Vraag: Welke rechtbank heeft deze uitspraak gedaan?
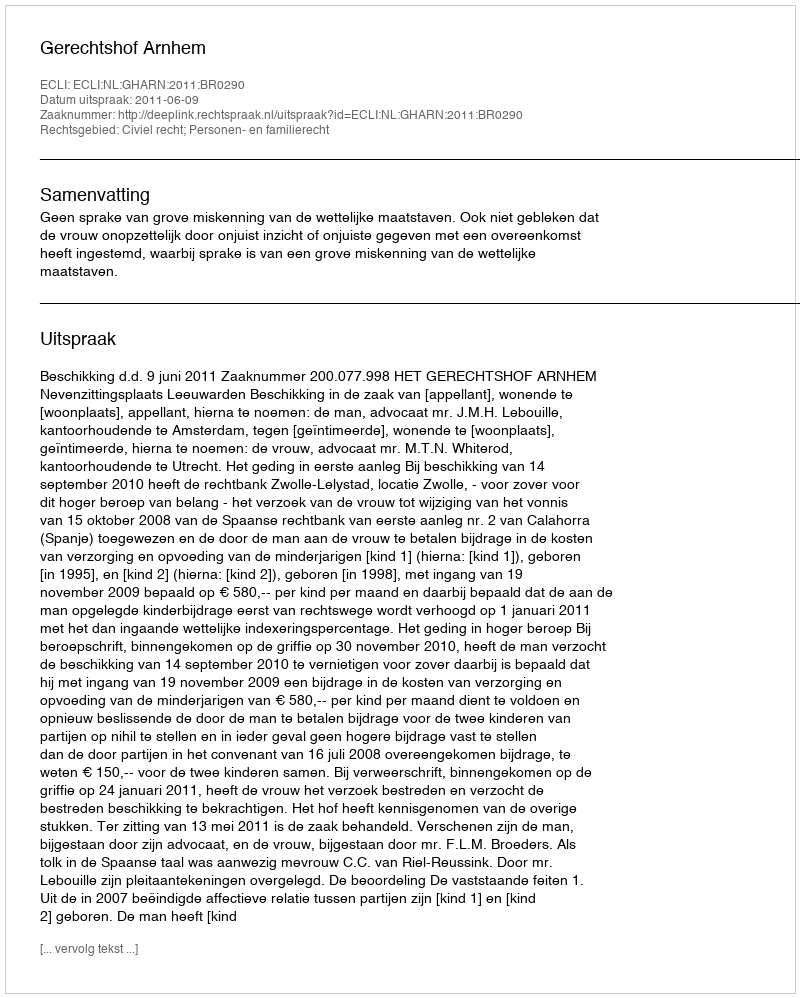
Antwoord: Gerechtshof Arnhem